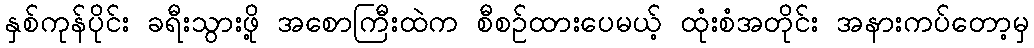
နှစ်ကုန်ပိုင်း ခရီးသွားဖို့ အစောကြီးထဲက စီစဉ်ထားပေမယ့် ထုံးစံအတိုင်း အနားကပ်တော့မှ